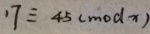
1 7 \equiv 4 5 ( m o d x )